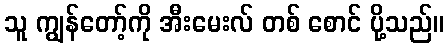
သူ ကျွန်တော့်ကို အီးမေးလ် တစ် စောင် ပို့သည်။